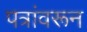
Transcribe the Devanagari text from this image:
पत्रांवरून